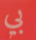
بي